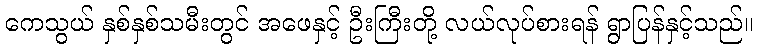
ကေသွယ် နှစ်နှစ်သမီးတွင် အဖေနှင့် ဦးကြီးတို့ လယ်လုပ်စားရန် ရွာပြန်နှင့်သည်။